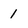
Character: 1